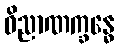
ဝိညာဏက္ခန္ဓေ